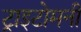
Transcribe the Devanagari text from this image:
ट्राइटोमनी